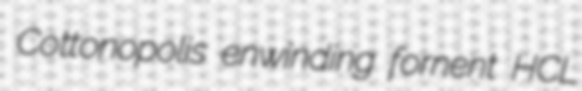
Cottonopolis enwinding fornent HCL